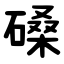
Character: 磉